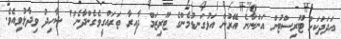
އަދަދަކަށް ޓޫރިސްޓުން އަންނާނެ އޭރުން އަޅުގަނޑުމެންގެ ޓޫރިޒަމް ދާއިރާ ތަރައްގީވެގެންދާނެ" ޝާހިދު ވިދާޅުވިއެވެ.